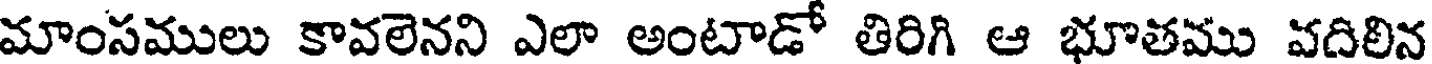
మాంసములు కావలెనని ఎలా అంటాడో తిరిగి ఆ భూతము వదిలిన